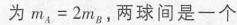
为$$m_{A} = 2 m_{B}$$，两球间是一个